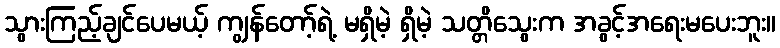
သွားကြည့်ချင်ပေမယ့် ကျွန်တော့်ရဲ့ မရှိမဲ့ ရှိမဲ့ သတ္တိသွေးက အခွင့်အရေးမပေးဘူး။